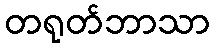
တရုတ်ဘာသာ